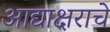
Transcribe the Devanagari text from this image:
आद्याक्षराचे